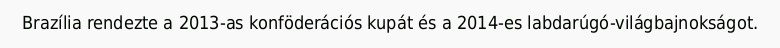
Brazília rendezte a 2013-as konföderációs kupát és a 2014-es labdarúgó-világbajnokságot.